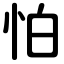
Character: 怕